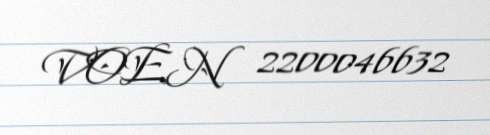
VOEN 2200046632